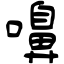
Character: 嚊